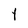
Character: t